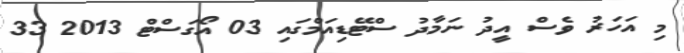
މި އަހަރު ވެސް އީދު ނަމާދު ސްޓޭޑިއަމްގައި 03 އޯގަސްޓް 2013 33